Annual administration report of the Civil Veterinary Department of India - 1894-1895
Year: 1894
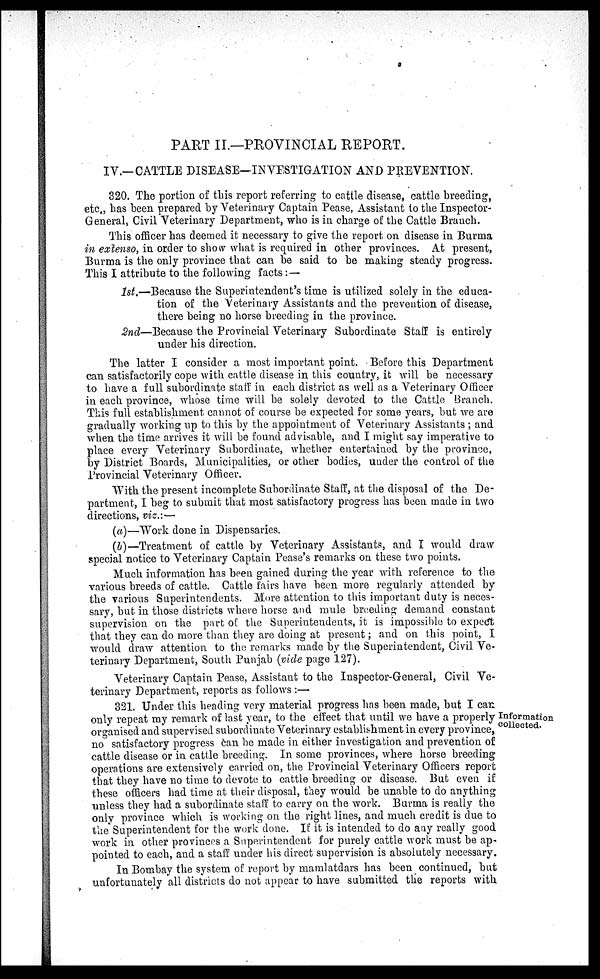
PART II.—PROVINCIAL REPORT.
IV.—CATTLE DISEASE—INVESTIGATION AND PREVENTION.
320. The portion of this report referring to cattle disease, cattle breeding,
etc., has been prepared by Veterinary Captain Pease, Assistant to the Inspector-
General, Civil Veterinary Department, who is in charge of the Cattle Branch.
This officer has deemed it necessary to give the report on disease in Burma
in extenso, in order to show what is required in other provinces. At present,
Burma is the only province that can be said to be making steady progress.
This I attribute to the following facts : —
1st.—Because the Superintendent's time is utilized solely in the educa-
tion of the Veterinary Assistants and the prevention of disease,
there being no horse breeding in the province.
2nd—Because the Provincial Veterinary Subordinate Staff is entirely
under his direction.
The latter I consider a most important point. Before this Department
can satisfactorily cope with cattle disease in this country, it will be necessary
to have a full subordinate staff in each district as well as a Veterinary Officer
in each province, whose time will be solely devoted to the Cattle Branch.
This full establishment cannot of course be expected for some years, but we are
gradually working up to this by the appointment of Veterinary Assistants ; and
when the time arrives it will be found advisable, and I might say imperative to
place every Veterinary Subordinate, whether entertained by the province,
by District Boards, Municipalities, or other bodies, under the control of the
Provincial Veterinary Officer.
With the present incomplete Subordinate Staff, at the disposal of the De-
partment, I beg to submit that most satisfactory progress has been made in two
directions, viz.:—
(a)—Work done in Dispensaries.
(b)—Treatment of cattle by Veterinary Assistants, and I would draw
special notice to Veterinary Captain Pease's remarks on these two points.
Much information has been gained during the year with reference to the
various breeds of cattle. Cattle fairs have been more regularly attended by
the various Superintendents. More attention to this important duty is neces-
sary, but in those districts where horse and mule breeding demand constant
supervision on the part of the Superintendents, it is impossible to expect
that they can do more than they are doing at present; and on this point, I
would draw attention to the remarks made by the Superintendent, Civil Ve-
terinary Department, South Punjab (vide page 127).
Veterinary Captain Pease, Assistant to the Inspector-General, Civil Ve-
terinary Department, reports as follows :—
Information
collected.
321. Under this heading very material progress has been made, but I can
only repeat my remark of last year, to the effect that until we have a properly
organised and supervised subordinate Veterinary establishment in every province,
no satisfactory progress can be made in either investigation and prevention of
cattle disease or in cattle breeding. In some provinces, where horse breeding
operations are extensively carried on, the Provincial Veterinary Officers report
that they have no time to devote to cattle breeding or disease. But even if
these officers had time at their disposal, they would be unable to do anything
unless they had a subordinate staff to carry on the work. Burma is really the
only province which is working on the right lines, and much credit is due to
the Superintendent for the work done. If it is intended to do any really good
work in other provinces a Superintendent for purely cattle work must be ap-
pointed to each, and a staff under his direct supervision is absolutely necessary.
In Bombay the system of report by mamlatdars has been continued, but
unfortunately all districts do not appear to have submitted the reports with